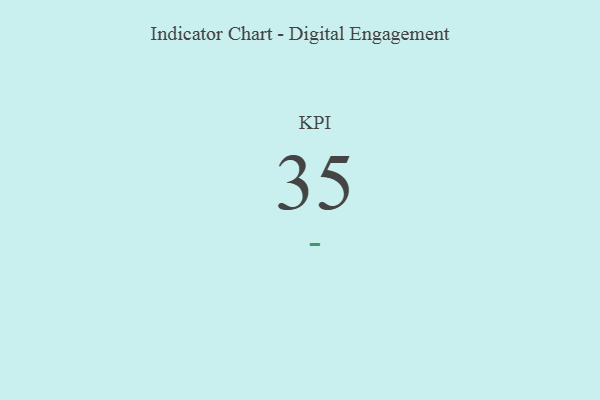
{"axis": {"x": "KPI", "y": "Value"}, "legend": [""], "data": [{"x": "KPI", "y": 35, "type": ""}]}